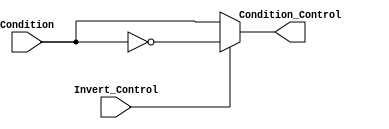
/* Written by Raul G. Cedres De Jesus
Date last edited: 5/6/2018
Description: This is the Inverter in the Microprogrammed Control Unit.
*/
module Inverter (
				output reg Condition_Control, 
				input Condition, 
				input Invert_Control
				);
	
	always @*
		begin
		if (Invert_Control == 1)
			begin
			Condition_Control = ~Condition;
			end
		else
			begin
			Condition_Control = Condition;
			end
		end	
endmodule